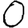
Digit: 0